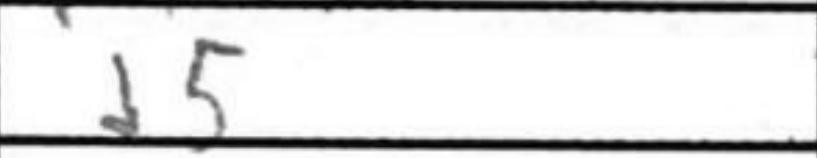
Transcription: d5